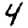
Digit: 4